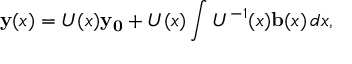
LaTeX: \mathbf { y } ( x ) = U ( x ) \mathbf { y _ { 0 } } + U ( x ) \int U ^ { - 1 } ( x ) \mathbf { b } ( x ) \, d x ,